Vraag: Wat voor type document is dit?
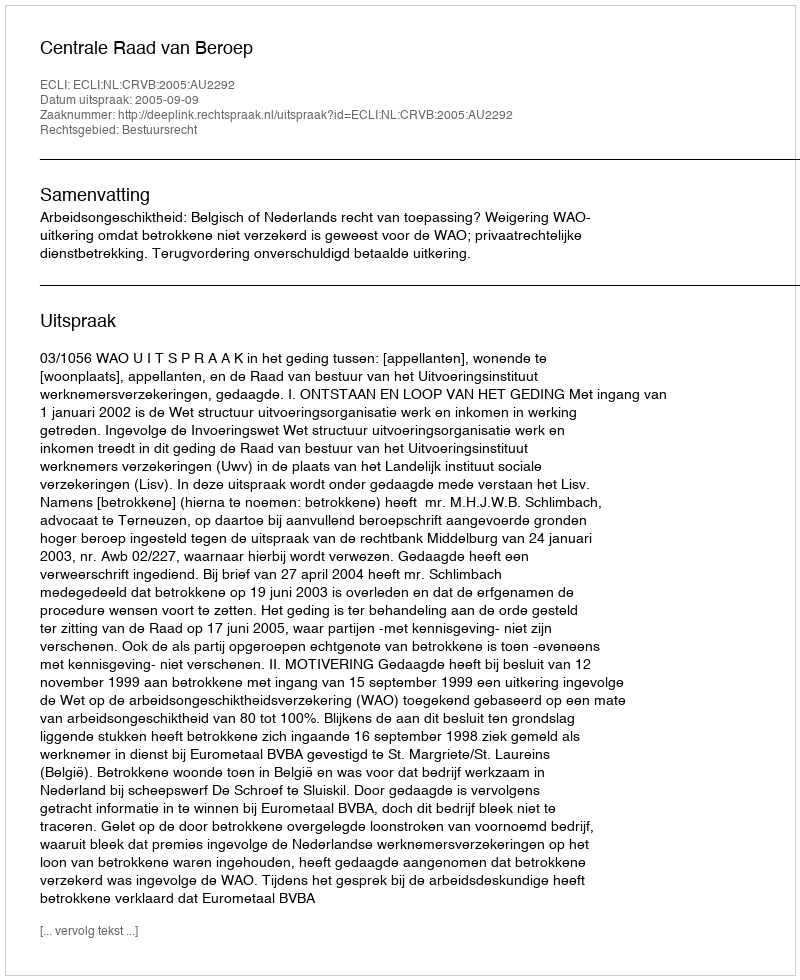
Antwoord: Uitspraak